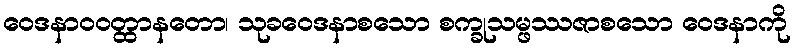
ဝေဒနာဝဝတ္ထာနတော၊ သုခဝေဒနာစသော စက္ခုသမ္ဖဿဇာစသော ဝေဒနာကို